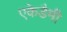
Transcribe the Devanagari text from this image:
एकेडैमी